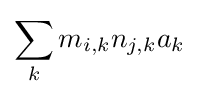
\sum _{k}m_{i,k}n_{j,k}a_{k}